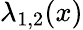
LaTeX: \lambda_{1,2}(x)